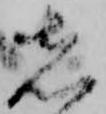
先